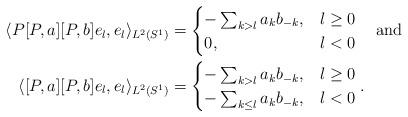
LaTeX: \begin{align*}\langle P[P,a][P,b]e_l,e_l\rangle_{L^2(S^1)}&=\begin{cases}-\sum_{k>l} a_{k}b_{-k},&l\geq 0\\0, &l<0\end{cases}\quad\mbox{and}\\\langle [P,a][P,b]e_l,e_l\rangle_{L^2(S^1)}&=\begin{cases}-\sum_{k>l} a_{k}b_{-k},&l\geq 0\\-\sum_{k\leq l} a_{k}b_{-k}, &l<0\end{cases}.\end{align*}